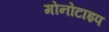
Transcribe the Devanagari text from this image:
मोनोटाइप